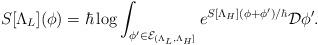
LaTeX: \begin{align*} S[\Lambda_L](\phi) = \hbar \log \int_{\phi' \in \mathcal{E}_{(\Lambda_L, \Lambda_H]}} e^{S[\Lambda_H](\phi + \phi')/\hbar} \mathcal{D} \phi'.\end{align*}